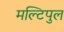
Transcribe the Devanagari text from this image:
मल्टिपुल